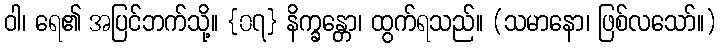
ဝါ၊ ရေ၏ အပြင်ဘက်သို့။ {၀၇} နိက္ခန္တော၊ ထွက်ရသည်။ (သမာနော၊ ဖြစ်လသော်။)